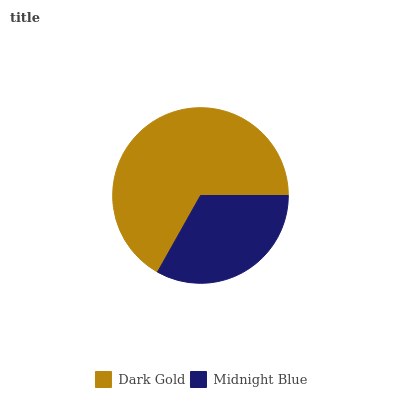
| Dark Gold | Midnight Blue |
 | --- | --- |
 | 66.9% | 33.1% |